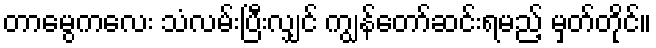
တာမွေကလေး သံလမ်းပြီးလျှင် ကျွန်တော်ဆင်းရမည့် မှတ်တိုင်။